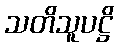
သတိသူပဋ္ဌိ